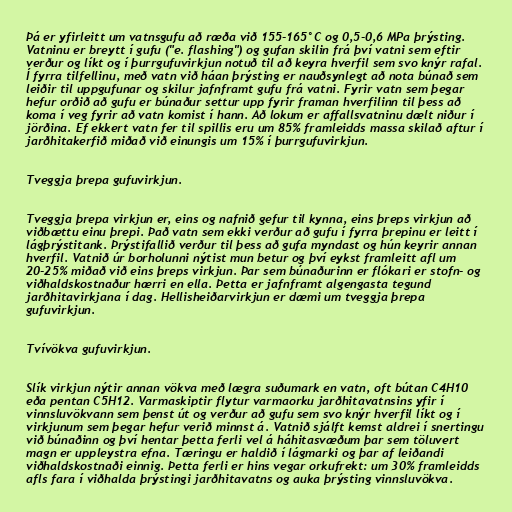
Þá er yfirleitt um vatnsgufu að ræða við 155-165°C og 0,5-0,6 MPa þrýsting.
Vatninu er breytt í gufu ("e. flashing") og gufan skilin frá því vatni sem eftir
verður og líkt og í þurrgufuvirkjun notuð til að keyra hverfil sem svo knýr rafal.
Í fyrra tilfellinu, með vatn við háan þrýsting er nauðsynlegt að nota búnað sem
leiðir til uppgufunar og skilur jafnframt gufu frá vatni. Fyrir vatn sem þegar
hefur orðið að gufu er búnaður settur upp fyrir framan hverfilinn til þess að
koma í veg fyrir að vatn komist í hann. Að lokum er affallsvatninu dælt niður í
jörðina. Ef ekkert vatn fer til spillis eru um 85% framleidds massa skilað aftur í
jarðhitakerfið miðað við einungis um 15% í þurrgufuvirkjun.

Tveggja þrepa gufuvirkjun.

Tveggja þrepa virkjun er, eins og nafnið gefur til kynna, eins þreps virkjun að
viðbættu einu þrepi. Það vatn sem ekki verður að gufu í fyrra þrepinu er leitt í
lágþrýstitank. Þrýstifallið verður til þess að gufa myndast og hún keyrir annan
hverfil. Vatnið úr borholunni nýtist mun betur og því eykst framleitt afl um
20-25% miðað við eins þreps virkjun. Þar sem búnaðurinn er flókari er stofn- og
viðhaldskostnaður hærri en ella. Þetta er jafnframt algengasta tegund
jarðhitavirkjana í dag. Hellisheiðarvirkjun er dæmi um tveggja þrepa
gufuvirkjun.

Tvívökva gufuvirkjun.

Slík virkjun nýtir annan vökva með lægra suðumark en vatn, oft bútan C4H10
eða pentan C5H12. Varmaskiptir flytur varmaorku jarðhitavatnsins yfir í
vinnsluvökvann sem þenst út og verður að gufu sem svo knýr hverfil líkt og í
virkjunum sem þegar hefur verið minnst á. Vatnið sjálft kemst aldrei í snertingu
við búnaðinn og því hentar þetta ferli vel á háhitasvæðum þar sem töluvert
magn er uppleystra efna. Tæringu er haldið í lágmarki og þar af leiðandi
viðhaldskostnaði einnig. Þetta ferli er hins vegar orkufrekt: um 30% framleidds
afls fara í viðhalda þrýstingi jarðhitavatns og auka þrýsting vinnsluvökva.